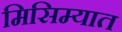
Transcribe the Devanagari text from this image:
मिसिम्यात